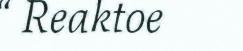
“ Reaktoe